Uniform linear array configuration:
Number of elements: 48
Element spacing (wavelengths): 0.5
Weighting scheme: hamming
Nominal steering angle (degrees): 15
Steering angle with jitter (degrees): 15.222
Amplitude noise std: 0.05
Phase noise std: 0.05

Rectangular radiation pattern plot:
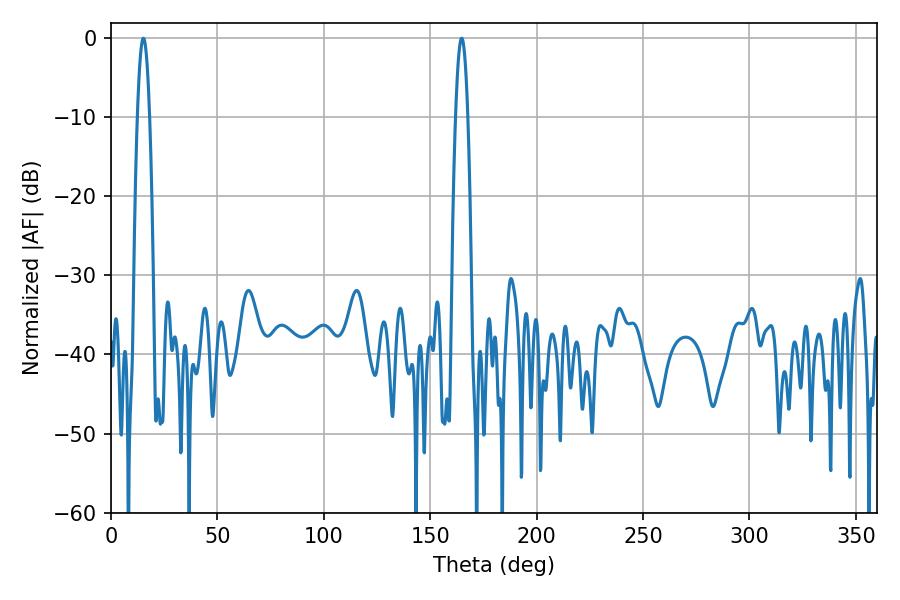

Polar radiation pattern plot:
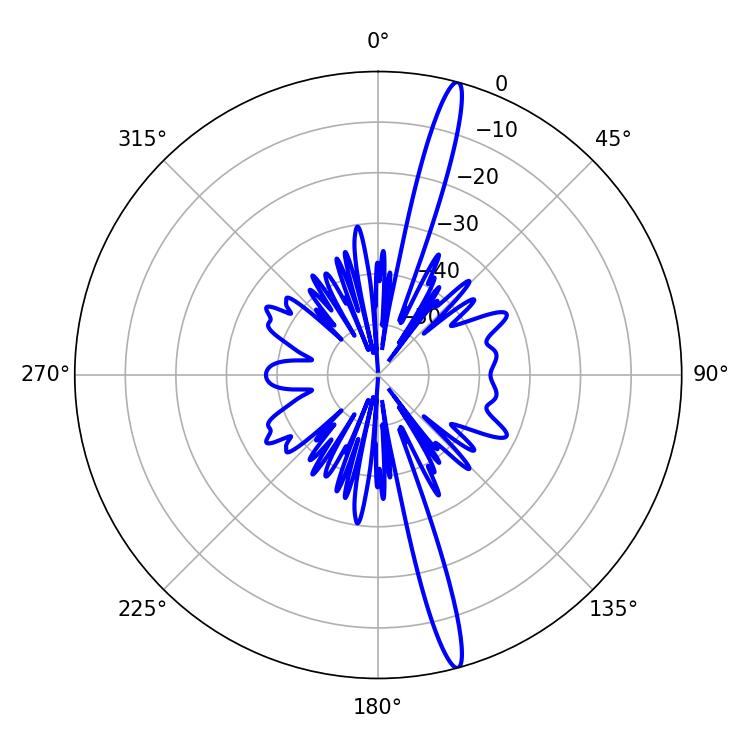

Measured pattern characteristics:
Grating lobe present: FALSE
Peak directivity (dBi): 18.0
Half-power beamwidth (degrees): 3.06
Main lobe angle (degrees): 164.7